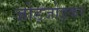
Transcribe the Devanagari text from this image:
जोड़जोड़कर